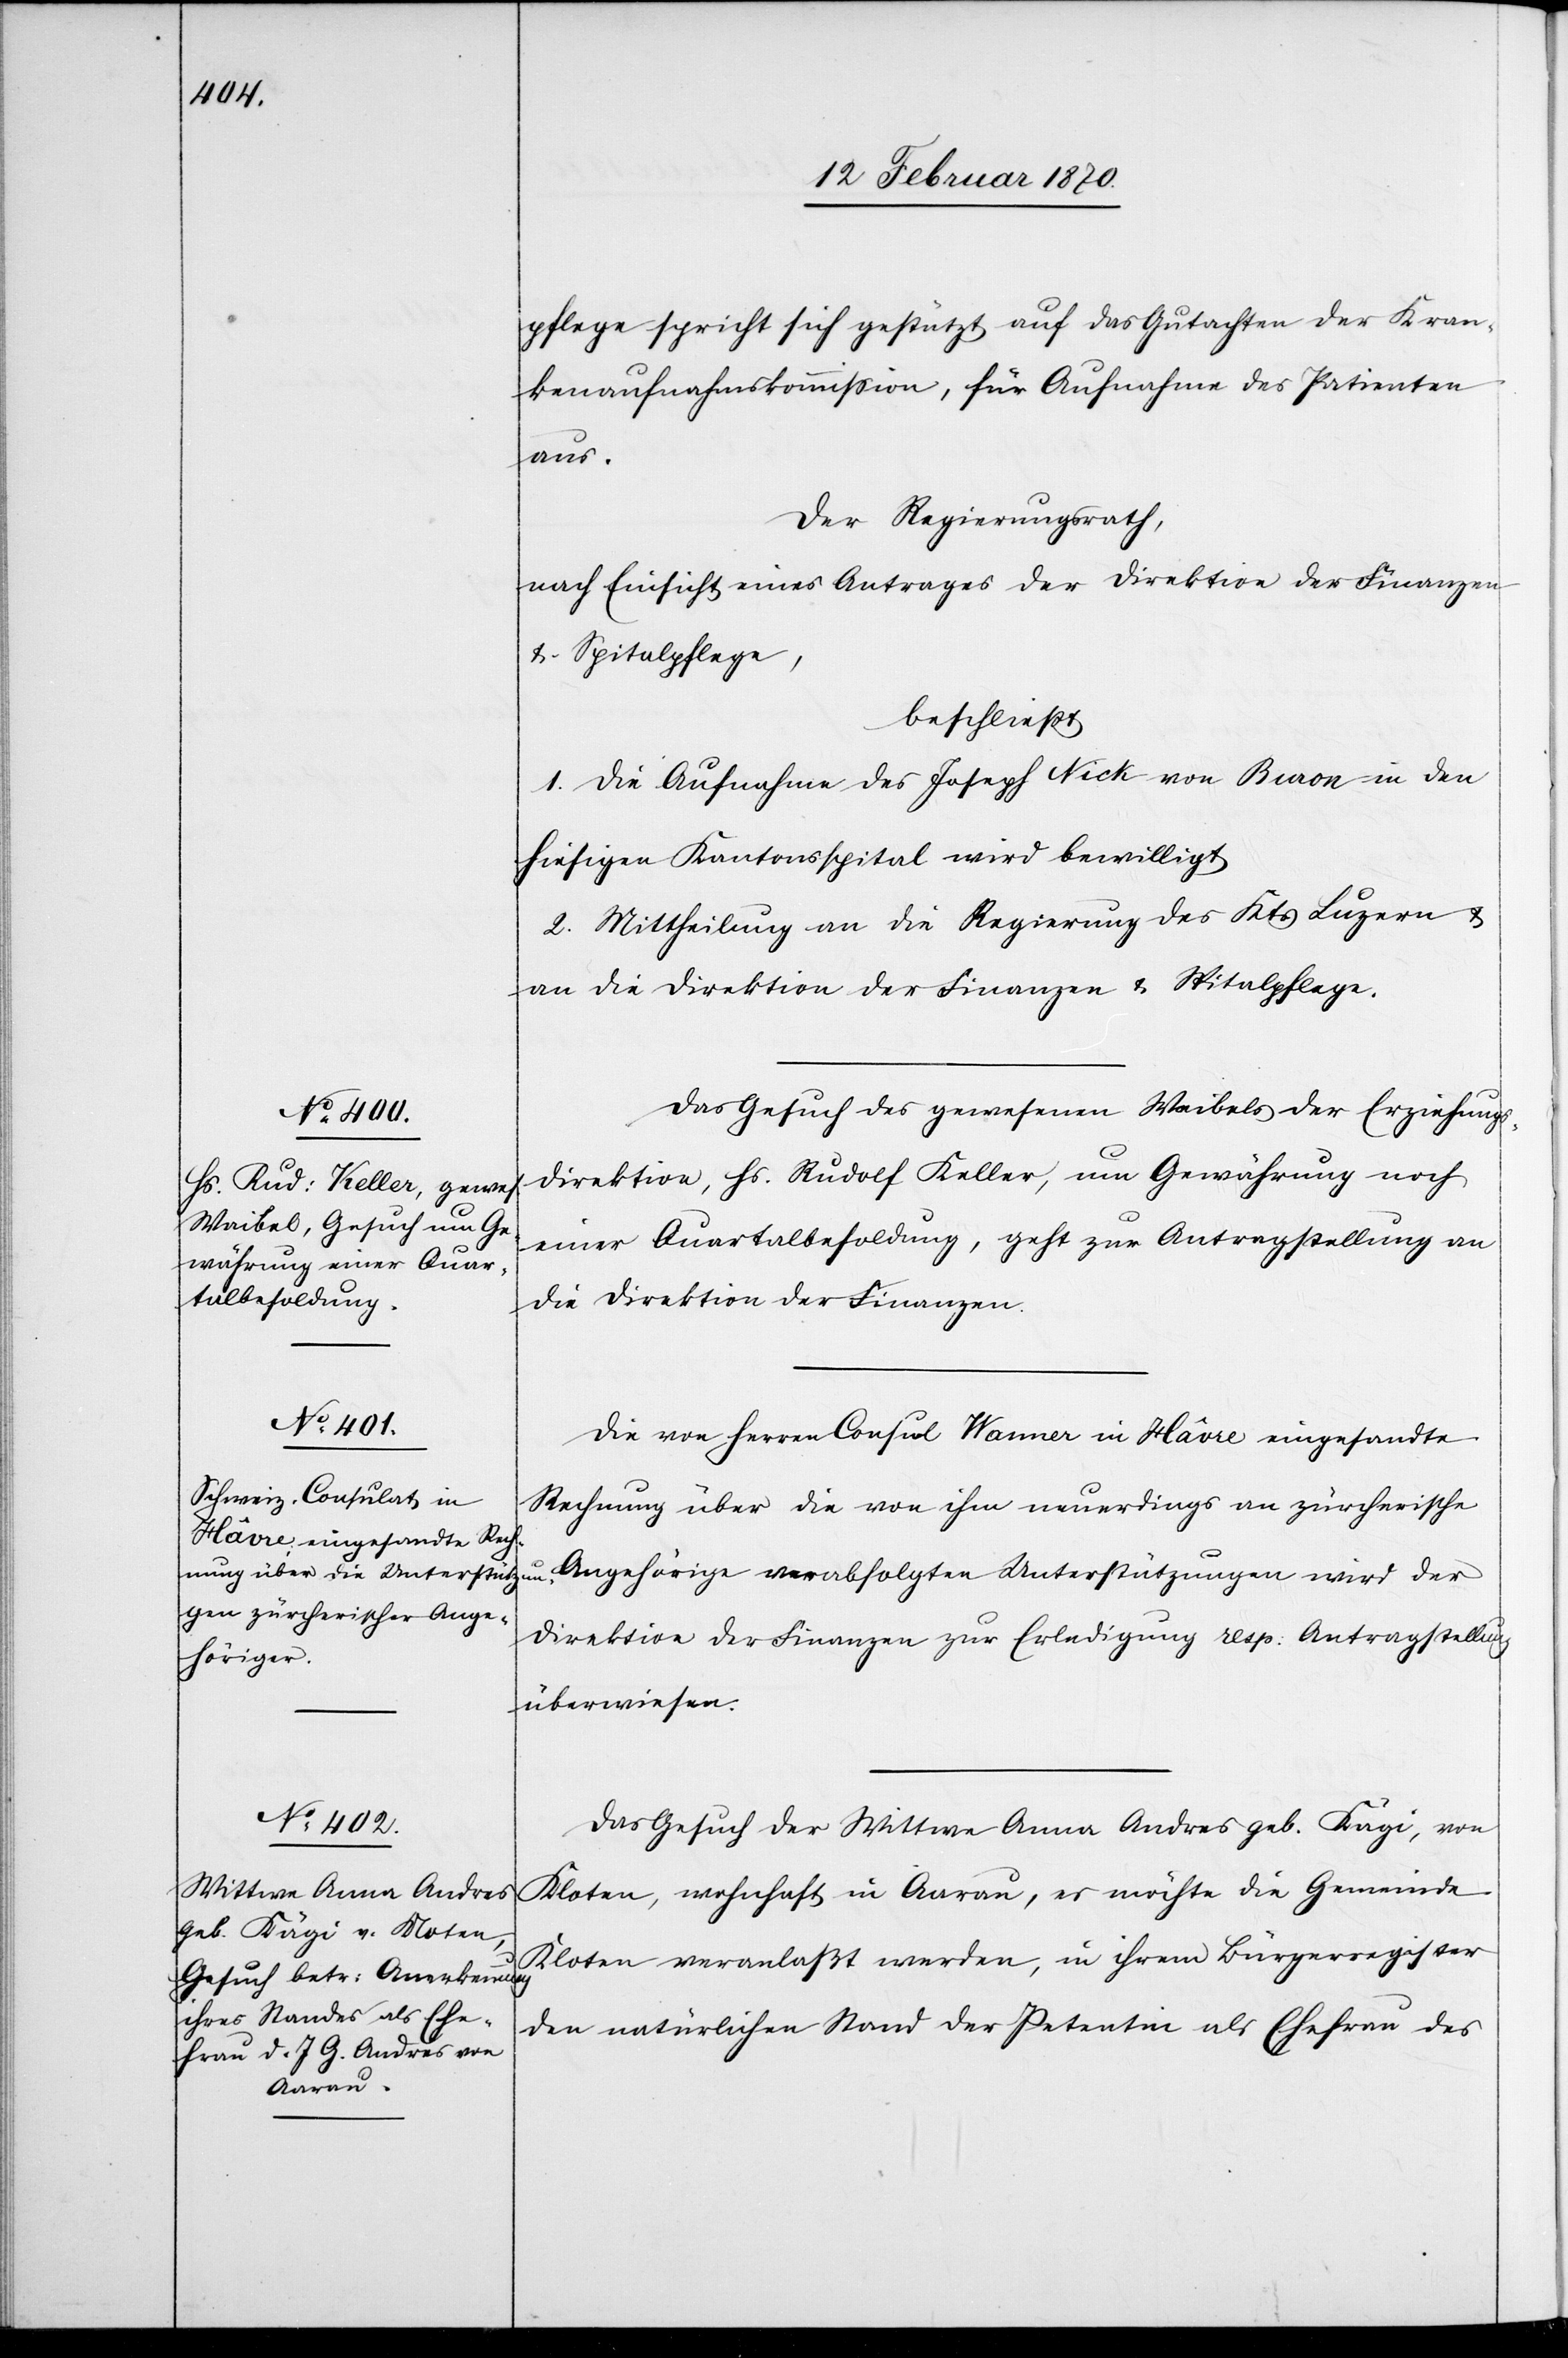
12. Februar 1870:]
pflege spricht sich gestützt auf das Gutachten der Kran¬
kenaufnahmskommission, für Aufnahme des Patienten
aus.
Der Regierungsrath,
nach Einsicht eines Antrages der Direktion der Finanzen
u. Spitalpflege,
beschließt:
1. Die Aufnahme des Joseph Nick von Buron in den
hiesigen Kantonsspital wird bewilligt.
2. Mittheilung an die Regierung des Kts. Luzern u.
an die Direktion der Finanzen u. Spitalpflege.
Das Gesuch des gewesenen Waibels der Erziehungs¬
direktion, Hs. Rudolf Keller, um Gewährung noch
einer Quartalbesoldung, geht zur Antragstellung an
die Direktion der Finanzen.
Die von Herren Consul Wanner in Hâvre eingesandte
Rechnung über die von ihm neuerdings an zürcherische
Angehörige verabfolgten Unterstützungen wird der
Direktion der Finanzen zur Erledigung resp: Antragstellung
überwiesen.
Das Gesuch der Wittwe Anna Andres geb. Kägi, von
Kloten, wohnhaft in Aarau, es möchte die Gemeinde
Kloten veranlaßt werden, in ihrem Bürgerregister
den natürlichen Stand der Petentin als Ehefrau des